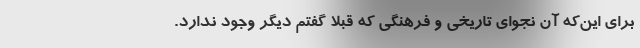
برای این‌که آن نجوای تاریخی و فرهنگی که قبلاً گفتم دیگر وجود ندارد.